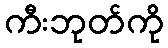
ကီးဘုတ်ကို